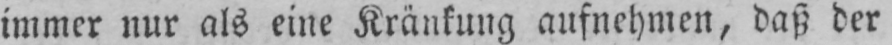
immer nur als eine Kränkung aufnehmen, daß der